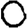
Digit: 0